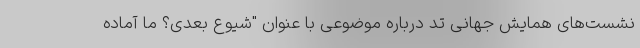
نشست‌های همایش جهانی تد درباره موضوعی با عنوان "شیوع بعدی؟ ما آماده